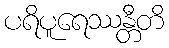
ပရိပူရေဿန္တီတိ